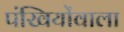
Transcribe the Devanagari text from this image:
पंखियोंवाला